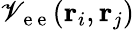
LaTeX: \mathscr{V}_{\mathrm{{~e~e~}}}(\mathbf{r}_{i},\mathbf{r}_{j})